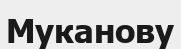
Муканову